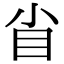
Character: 𥃻